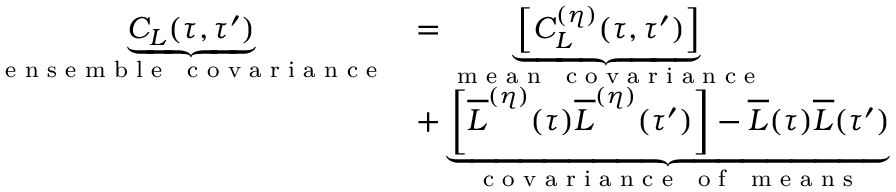
\begin{array} { r l } { \underbrace { C _ { L } ( \tau , \tau ^ { \prime } ) } _ { \mathrm { \textrm { e n s e m b l e ~ c o v a r i a n c e } } } } & { = \underbrace { \left[ C _ { L } ^ { ( \eta ) } ( \tau , \tau ^ { \prime } ) \right] } _ { \mathrm { \textrm { m e a n ~ c o v a r i a n c e } } } } \\ & { + \underbrace { \left[ \overline { { L } } ^ { ( \eta ) } ( \tau ) \overline { { L } } ^ { ( \eta ) } ( \tau ^ { \prime } ) \right] - \overline { { L } } ( \tau ) \overline { { L } } ( \tau ^ { \prime } ) } _ { \mathrm { \textrm { c o v a r i a n c e ~ o f ~ m e a n s } } } } \end{array}